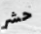
حشر